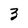
Character: 3